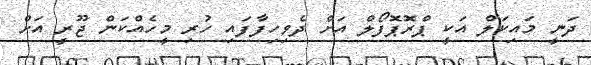
ދަނީ މައިކަލް އަކީ ޕްރޮޕޮފޯލް އަށް ދެވިހިފާފައި ހުރި މީހެއްކަން ޖޫރީ އަށް